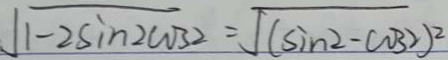
\sqrt { 1 - 2 \sin 2 \cos 2 } = \sqrt { ( \sin 2 - \cos 2 ) ^ { 2 } }